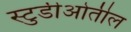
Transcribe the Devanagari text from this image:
स्टुडीओतील